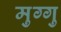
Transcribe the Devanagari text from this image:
मुग्गु